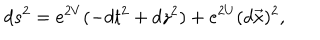
d s ^ { 2 } = e ^ { 2 V } ( - d t ^ { 2 } + d z ^ { 2 } ) + e ^ { 2 U } ( d \vec { x } ) ^ { 2 } ,